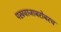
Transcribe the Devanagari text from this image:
पखवाजाबरोबरच